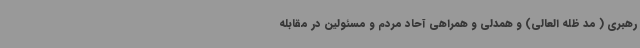
رهبری ( مد ظله العالی) و همدلی و همراهی آحاد مردم و مسئولین در مقابله